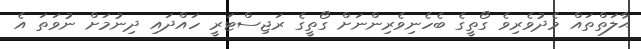
ޙާލަތްތައް މެދުވެރިވެ ގޯތީގެ ބެހެނިވެރިންނަށް ގޯތީގެ ރަޖިސްޓަރީ ހައްދައި ދިނުމަށް ނުވަތަ އެ